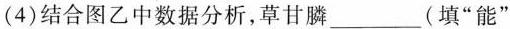
(4)结合图乙中数据分析，草甘膦___(填“能”